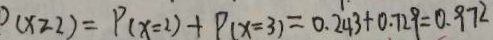
( x \geq 2 ) + P ( x = 3 ) = 0 . 2 4 3 + 0 . 7 2 9 = 0 . 9 7 2